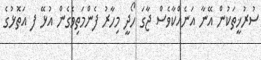
ސުރުޚީތަކުން އޭނާ އަނެއްކާވެސް ޖާގަ ހޯދީ މިހާރު ފެންމަތިވެގެން އުޅޭ ފ އަތޮޅުގެ